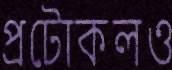
প্রটোকলও